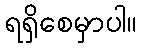
ရရှိစေမှာပါ။